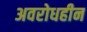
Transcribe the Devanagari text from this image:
अवरोधहीन